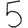
Digit: 5